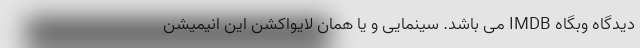
دیدگاه وبگاه IMDB می باشد. سینمایی و یا همان لایواکشن این انیمیشن